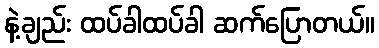
နဲ့ချည်း ထပ်ခါထပ်ခါ ဆက်ပြောတယ်။